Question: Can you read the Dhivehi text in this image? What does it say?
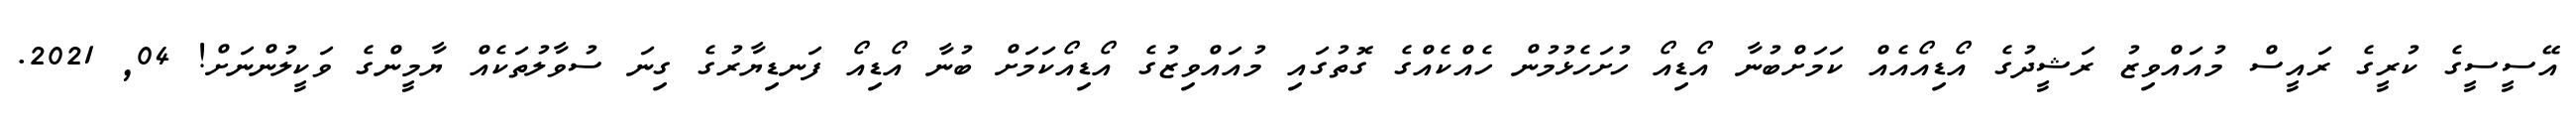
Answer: އޭސީސީގެ ކުރީގެ ރައީސް މުއައްވިޒު ރަޝީދުގެ އޯޑިއޯއެއް ކަމަށްބުނާ އޯޑިއޯ ހުށަހެޅުމުން ހެއްކެއްގެ ގޮތުގައި މުއައްވިޒުގެ އޯޑިއޯކަމަށް ބުނާ އޯޑިއޯ ފަނޑިޔާރުގެ ގިނަ ސުވާލުތަކެއް ޔާމީންގެ ވަކީލުންނަށް! 04, 2021.